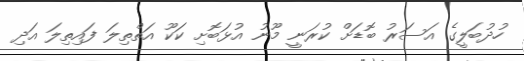
ހުދުބަލީގެ އަސަރު ބޮޑަށް ކުރަނީ މޫނު އުޅަބޮށި ކަކޫ އަތްތިލަ ފައިތިލަ އަދި